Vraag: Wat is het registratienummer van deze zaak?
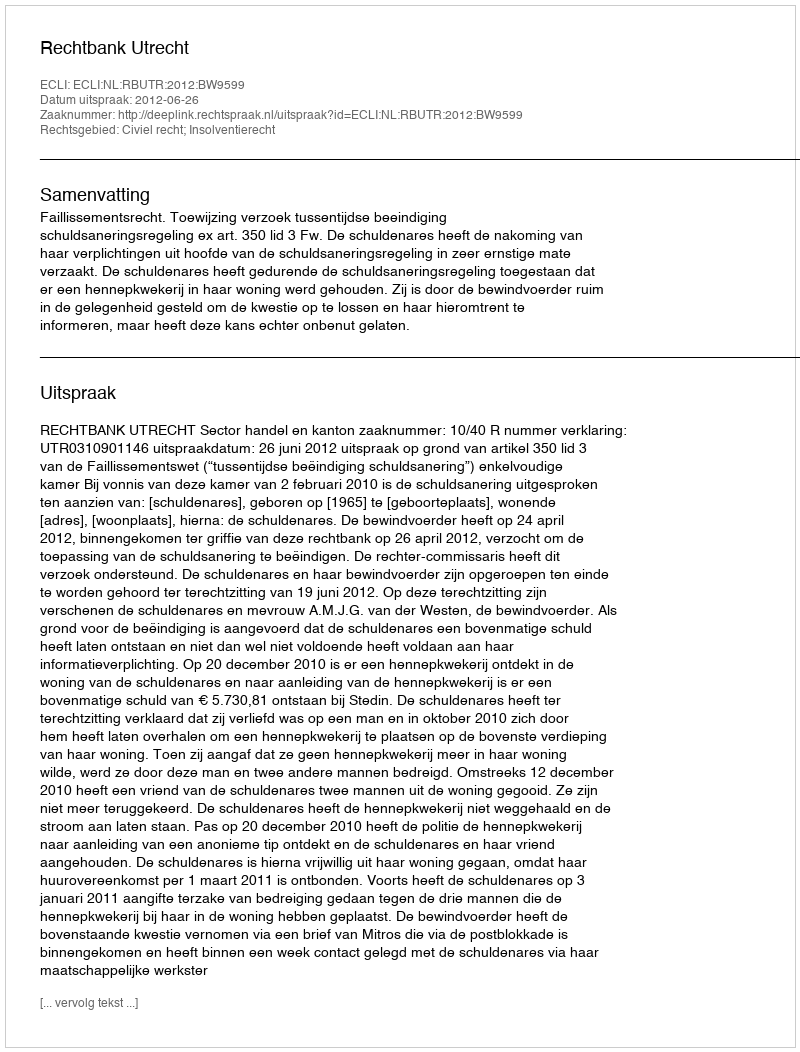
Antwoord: http://deeplink.rechtspraak.nl/uitspraak?id=ECLI:NL:RBUTR:2012:BW9599